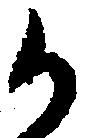
か